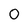
Character: O